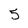
Character: 5